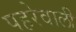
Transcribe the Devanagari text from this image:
पहरेवाली